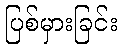
ပြစ်မှားခြင်း